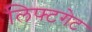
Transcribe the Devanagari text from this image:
लिफ्टगेट